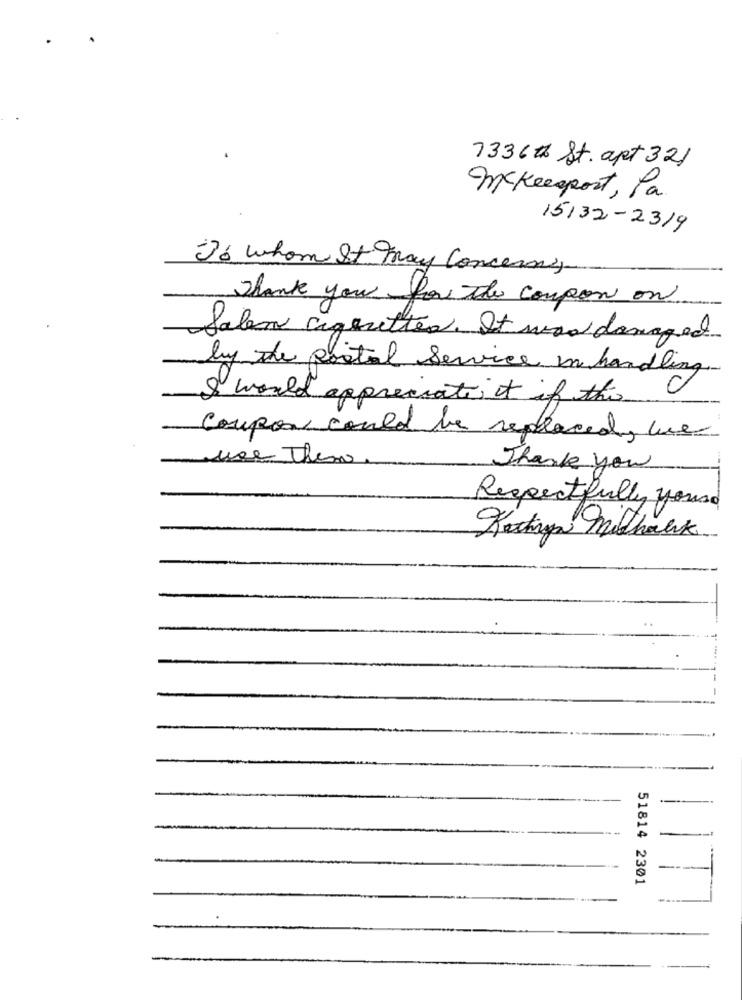
7336th St. apt 321
Mckeesport, Pa.
15132-2319
To whom It may Concerng
Thank you for the coupon on
Salem sagenetter. It was damaged
by the postal Service in handling.
I would appreciate it if this
Coupon could be replaced, wer
use Them
Thank you
Respectfully yours
Kochnya Mithalk .
--
51814 2301